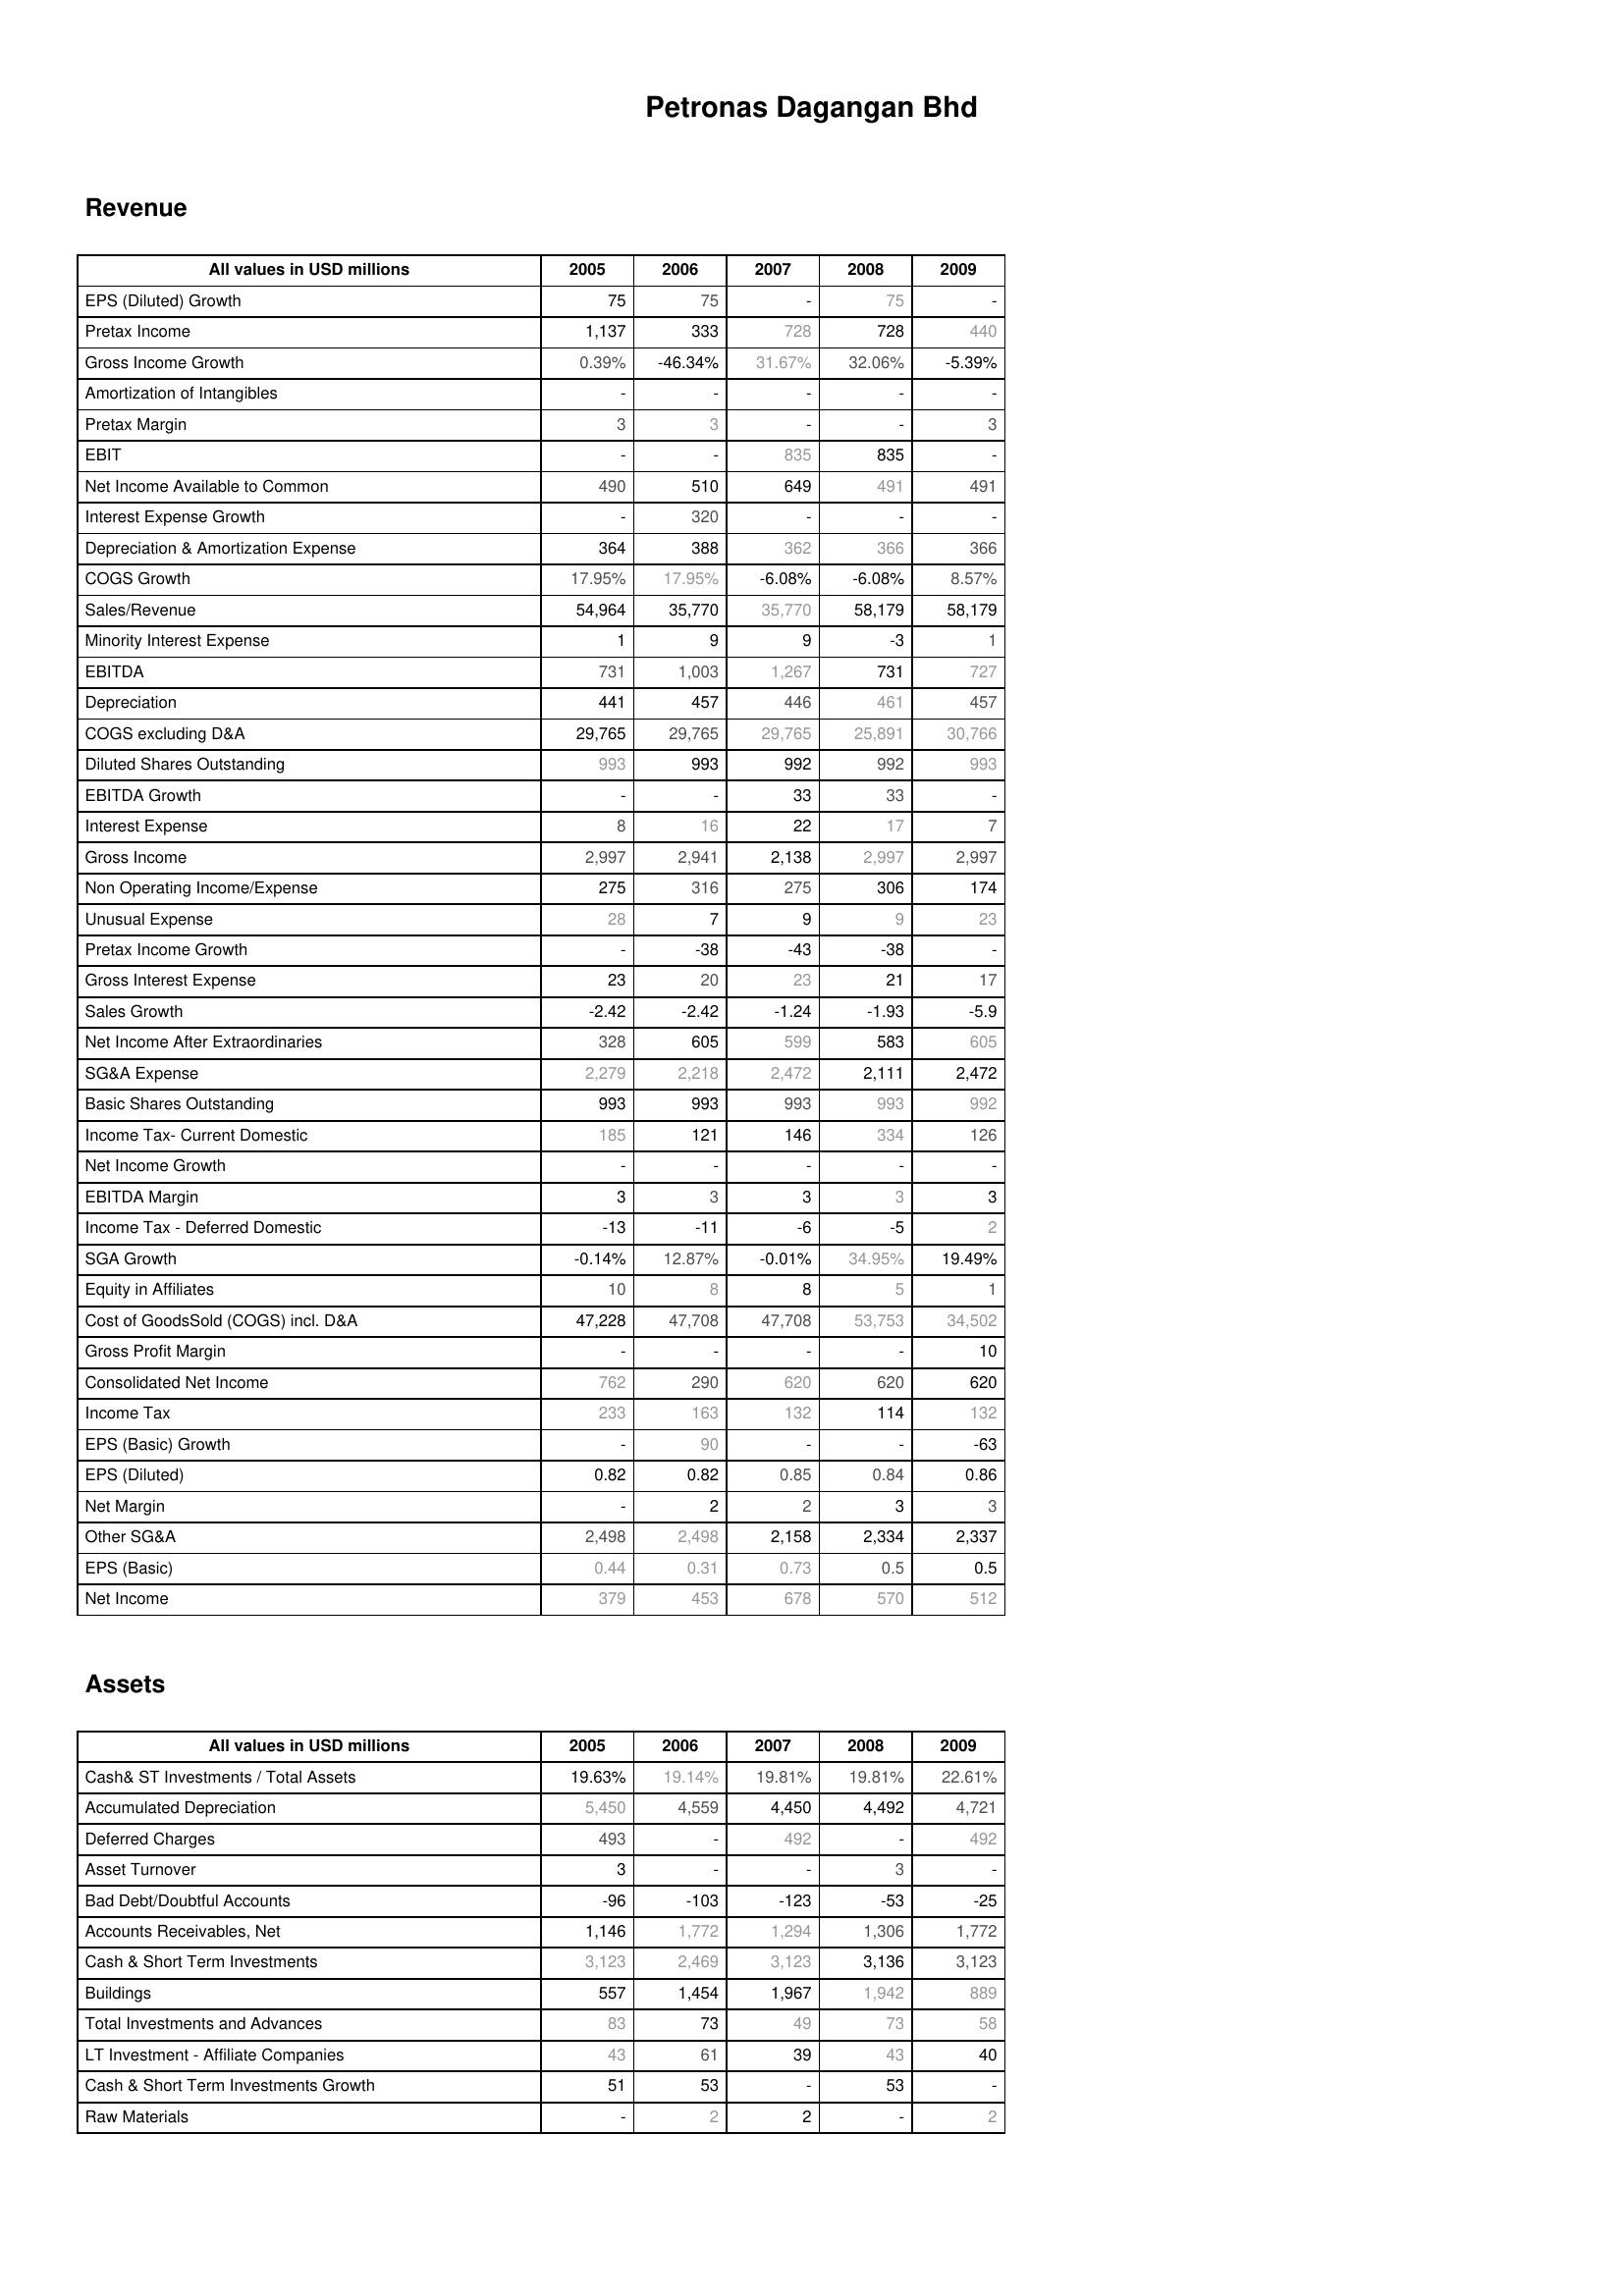
2005: Revenue: EPS (Diluted) Growth: 75
Pretax Income: 1,137
Gross Income Growth: 0.39%
Amortization of Intangibles: -
Pretax Margin: 3
EBIT: -
Net Income Available to Common: 490
Interest Expense Growth: -
Depreciation & Amortization Expense: 364
COGS Growth: 17.95%
Sales/Revenue: 54,964
Minority Interest Expense: 1
EBITDA: 731
Depreciation: 441
COGS excluding D&A: 29,765
Diluted Shares Outstanding: 993
EBITDA Growth: -
Interest Expense: 8
Gross Income: 2,997
Non Operating Income/Expense: 275
Unusual Expense: 28
Pretax Income Growth: -
Gross Interest Expense: 23
Sales Growth: -2.42
Net Income After Extraordinaries: 328
SG&A Expense: 2,279
Basic Shares Outstanding: 993
Income Tax- Current Domestic: 185
Net Income Growth: -
EBITDA Margin: 3
Income Tax - Deferred Domestic: -13
SGA Growth: -0.14%
Equity in Affiliates: 10
Cost of GoodsSold (COGS) incl. D&A: 47,228
Gross Profit Margin: -
Consolidated Net Income: 762
Income Tax: 233
EPS (Basic) Growth: -
EPS (Diluted): 0.82
Net Margin: -
Other SG&A: 2,498
EPS (Basic): 0.44
Net Income: 379
Assets: Cash& ST Investments / Total Assets: 19.63%
Accumulated Depreciation: 5,450
Deferred Charges: 493
Asset Turnover: 3
Bad Debt/Doubtful Accounts: -96
Accounts Receivables, Net: 1,146
Cash & Short Term Investments: 3,123
Buildings: 557
Total Investments and Advances: 83
LT Investment - Affiliate Companies: 43
Cash & Short Term Investments Growth: 51
Raw Materials: -
2006: Revenue: EPS (Diluted) Growth: 75
Pretax Income: 333
Gross Income Growth: -46.34%
Amortization of Intangibles: -
Pretax Margin: 3
EBIT: -
Net Income Available to Common: 510
Interest Expense Growth: 320
Depreciation & Amortization Expense: 388
COGS Growth: 17.95%
Sales/Revenue: 35,770
Minority Interest Expense: 9
EBITDA: 1,003
Depreciation: 457
COGS excluding D&A: 29,765
Diluted Shares Outstanding: 993
EBITDA Growth: -
Interest Expense: 16
Gross Income: 2,941
Non Operating Income/Expense: 316
Unusual Expense: 7
Pretax Income Growth: -38
Gross Interest Expense: 20
Sales Growth: -2.42
Net Income After Extraordinaries: 605
SG&A Expense: 2,218
Basic Shares Outstanding: 993
Income Tax- Current Domestic: 121
Net Income Growth: -
EBITDA Margin: 3
Income Tax - Deferred Domestic: -11
SGA Growth: 12.87%
Equity in Affiliates: 8
Cost of GoodsSold (COGS) incl. D&A: 47,708
Gross Profit Margin: -
Consolidated Net Income: 290
Income Tax: 163
EPS (Basic) Growth: 90
EPS (Diluted): 0.82
Net Margin: 2
Other SG&A: 2,498
EPS (Basic): 0.31
Net Income: 453
Assets: Cash& ST Investments / Total Assets: 19.14%
Accumulated Depreciation: 4,559
Deferred Charges: -
Asset Turnover: -
Bad Debt/Doubtful Accounts: -103
Accounts Receivables, Net: 1,772
Cash & Short Term Investments: 2,469
Buildings: 1,454
Total Investments and Advances: 73
LT Investment - Affiliate Companies: 61
Cash & Short Term Investments Growth: 53
Raw Materials: 2
2007: Revenue: EPS (Diluted) Growth: -
Pretax Income: 728
Gross Income Growth: 31.67%
Amortization of Intangibles: -
Pretax Margin: -
EBIT: 835
Net Income Available to Common: 649
Interest Expense Growth: -
Depreciation & Amortization Expense: 362
COGS Growth: -6.08%
Sales/Revenue: 35,770
Minority Interest Expense: 9
EBITDA: 1,267
Depreciation: 446
COGS excluding D&A: 29,765
Diluted Shares Outstanding: 992
EBITDA Growth: 33
Interest Expense: 22
Gross Income: 2,138
Non Operating Income/Expense: 275
Unusual Expense: 9
Pretax Income Growth: -43
Gross Interest Expense: 23
Sales Growth: -1.24
Net Income After Extraordinaries: 599
SG&A Expense: 2,472
Basic Shares Outstanding: 993
Income Tax- Current Domestic: 146
Net Income Growth: -
EBITDA Margin: 3
Income Tax - Deferred Domestic: -6
SGA Growth: -0.01%
Equity in Affiliates: 8
Cost of GoodsSold (COGS) incl. D&A: 47,708
Gross Profit Margin: -
Consolidated Net Income: 620
Income Tax: 132
EPS (Basic) Growth: -
EPS (Diluted): 0.85
Net Margin: 2
Other SG&A: 2,158
EPS (Basic): 0.73
Net Income: 678
Assets: Cash& ST Investments / Total Assets: 19.81%
Accumulated Depreciation: 4,450
Deferred Charges: 492
Asset Turnover: -
Bad Debt/Doubtful Accounts: -123
Accounts Receivables, Net: 1,294
Cash & Short Term Investments: 3,123
Buildings: 1,967
Total Investments and Advances: 49
LT Investment - Affiliate Companies: 39
Cash & Short Term Investments Growth: -
Raw Materials: 2
2008: Revenue: EPS (Diluted) Growth: 75
Pretax Income: 728
Gross Income Growth: 32.06%
Amortization of Intangibles: -
Pretax Margin: -
EBIT: 835
Net Income Available to Common: 491
Interest Expense Growth: -
Depreciation & Amortization Expense: 366
COGS Growth: -6.08%
Sales/Revenue: 58,179
Minority Interest Expense: -3
EBITDA: 731
Depreciation: 461
COGS excluding D&A: 25,891
Diluted Shares Outstanding: 992
EBITDA Growth: 33
Interest Expense: 17
Gross Income: 2,997
Non Operating Income/Expense: 306
Unusual Expense: 9
Pretax Income Growth: -38
Gross Interest Expense: 21
Sales Growth: -1.93
Net Income After Extraordinaries: 583
SG&A Expense: 2,111
Basic Shares Outstanding: 993
Income Tax- Current Domestic: 334
Net Income Growth: -
EBITDA Margin: 3
Income Tax - Deferred Domestic: -5
SGA Growth: 34.95%
Equity in Affiliates: 5
Cost of GoodsSold (COGS) incl. D&A: 53,753
Gross Profit Margin: -
Consolidated Net Income: 620
Income Tax: 114
EPS (Basic) Growth: -
EPS (Diluted): 0.84
Net Margin: 3
Other SG&A: 2,334
EPS (Basic): 0.5
Net Income: 570
Assets: Cash& ST Investments / Total Assets: 19.81%
Accumulated Depreciation: 4,492
Deferred Charges: -
Asset Turnover: 3
Bad Debt/Doubtful Accounts: -53
Accounts Receivables, Net: 1,306
Cash & Short Term Investments: 3,136
Buildings: 1,942
Total Investments and Advances: 73
LT Investment - Affiliate Companies: 43
Cash & Short Term Investments Growth: 53
Raw Materials: -
2009: Revenue: EPS (Diluted) Growth: -
Pretax Income: 440
Gross Income Growth: -5.39%
Amortization of Intangibles: -
Pretax Margin: 3
EBIT: -
Net Income Available to Common: 491
Interest Expense Growth: -
Depreciation & Amortization Expense: 366
COGS Growth: 8.57%
Sales/Revenue: 58,179
Minority Interest Expense: 1
EBITDA: 727
Depreciation: 457
COGS excluding D&A: 30,766
Diluted Shares Outstanding: 993
EBITDA Growth: -
Interest Expense: 7
Gross Income: 2,997
Non Operating Income/Expense: 174
Unusual Expense: 23
Pretax Income Growth: -
Gross Interest Expense: 17
Sales Growth: -5.9
Net Income After Extraordinaries: 605
SG&A Expense: 2,472
Basic Shares Outstanding: 992
Income Tax- Current Domestic: 126
Net Income Growth: -
EBITDA Margin: 3
Income Tax - Deferred Domestic: 2
SGA Growth: 19.49%
Equity in Affiliates: 1
Cost of GoodsSold (COGS) incl. D&A: 34,502
Gross Profit Margin: 10
Consolidated Net Income: 620
Income Tax: 132
EPS (Basic) Growth: -63
EPS (Diluted): 0.86
Net Margin: 3
Other SG&A: 2,337
EPS (Basic): 0.5
Net Income: 512
Assets: Cash& ST Investments / Total Assets: 22.61%
Accumulated Depreciation: 4,721
Deferred Charges: 492
Asset Turnover: -
Bad Debt/Doubtful Accounts: -25
Accounts Receivables, Net: 1,772
Cash & Short Term Investments: 3,123
Buildings: 889
Total Investments and Advances: 58
LT Investment - Affiliate Companies: 40
Cash & Short Term Investments Growth: -
Raw Materials: 2